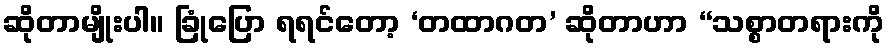
ဆိုတာမျိုးပါ။ ခြုံပြော ရရင်တော့ ‘တထာဂတ’ ဆိုတာဟာ “သစ္စာတရားကို